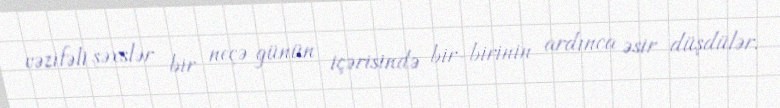
vəzifəli şəxslər bir neçə günün içərisində bir-birinin ardınca əsir düşdülər.